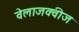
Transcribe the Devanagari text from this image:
वेलाजक्वीज